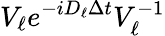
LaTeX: V_{\ell}e^{-iD_{\ell}\Delta t}V_{\ell}^{-1}